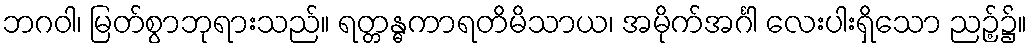
ဘဂဝါ၊ မြတ်စွာဘုရားသည်။ ရတ္တန္ဓကာရတိမိသာယ၊ အမိုက်အင်္ဂါ လေးပါးရှိသော ညဉ့်၌။